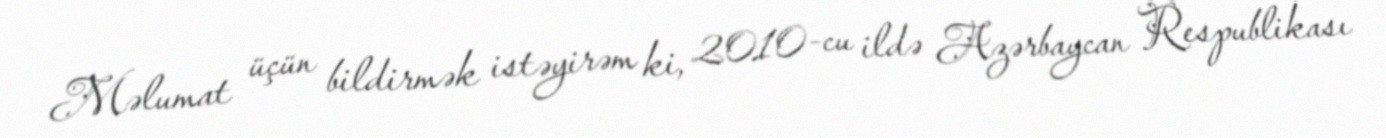
Məlumat üçün bildirmək istəyirəm ki, 2010-cu ildə Azərbaycan Respublikası